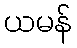
ယမန်